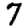
Digit: 7